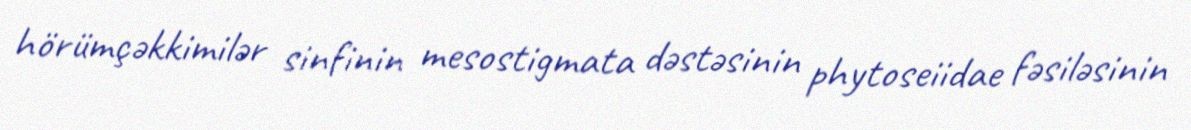
hörümçəkkimilər sinfinin mesostigmata dəstəsinin phytoseiidae fəsiləsinin